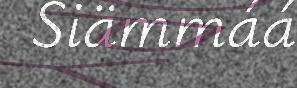
Siämmáá